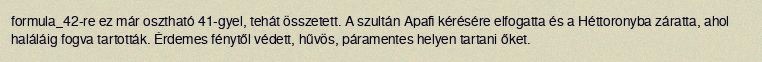
formula_42-re ez már osztható 41-gyel, tehát összetett. A szultán Apafi kérésére elfogatta és a Héttoronyba záratta, ahol haláláig fogva tartották. Érdemes fénytől védett, hűvös, páramentes helyen tartani őket.